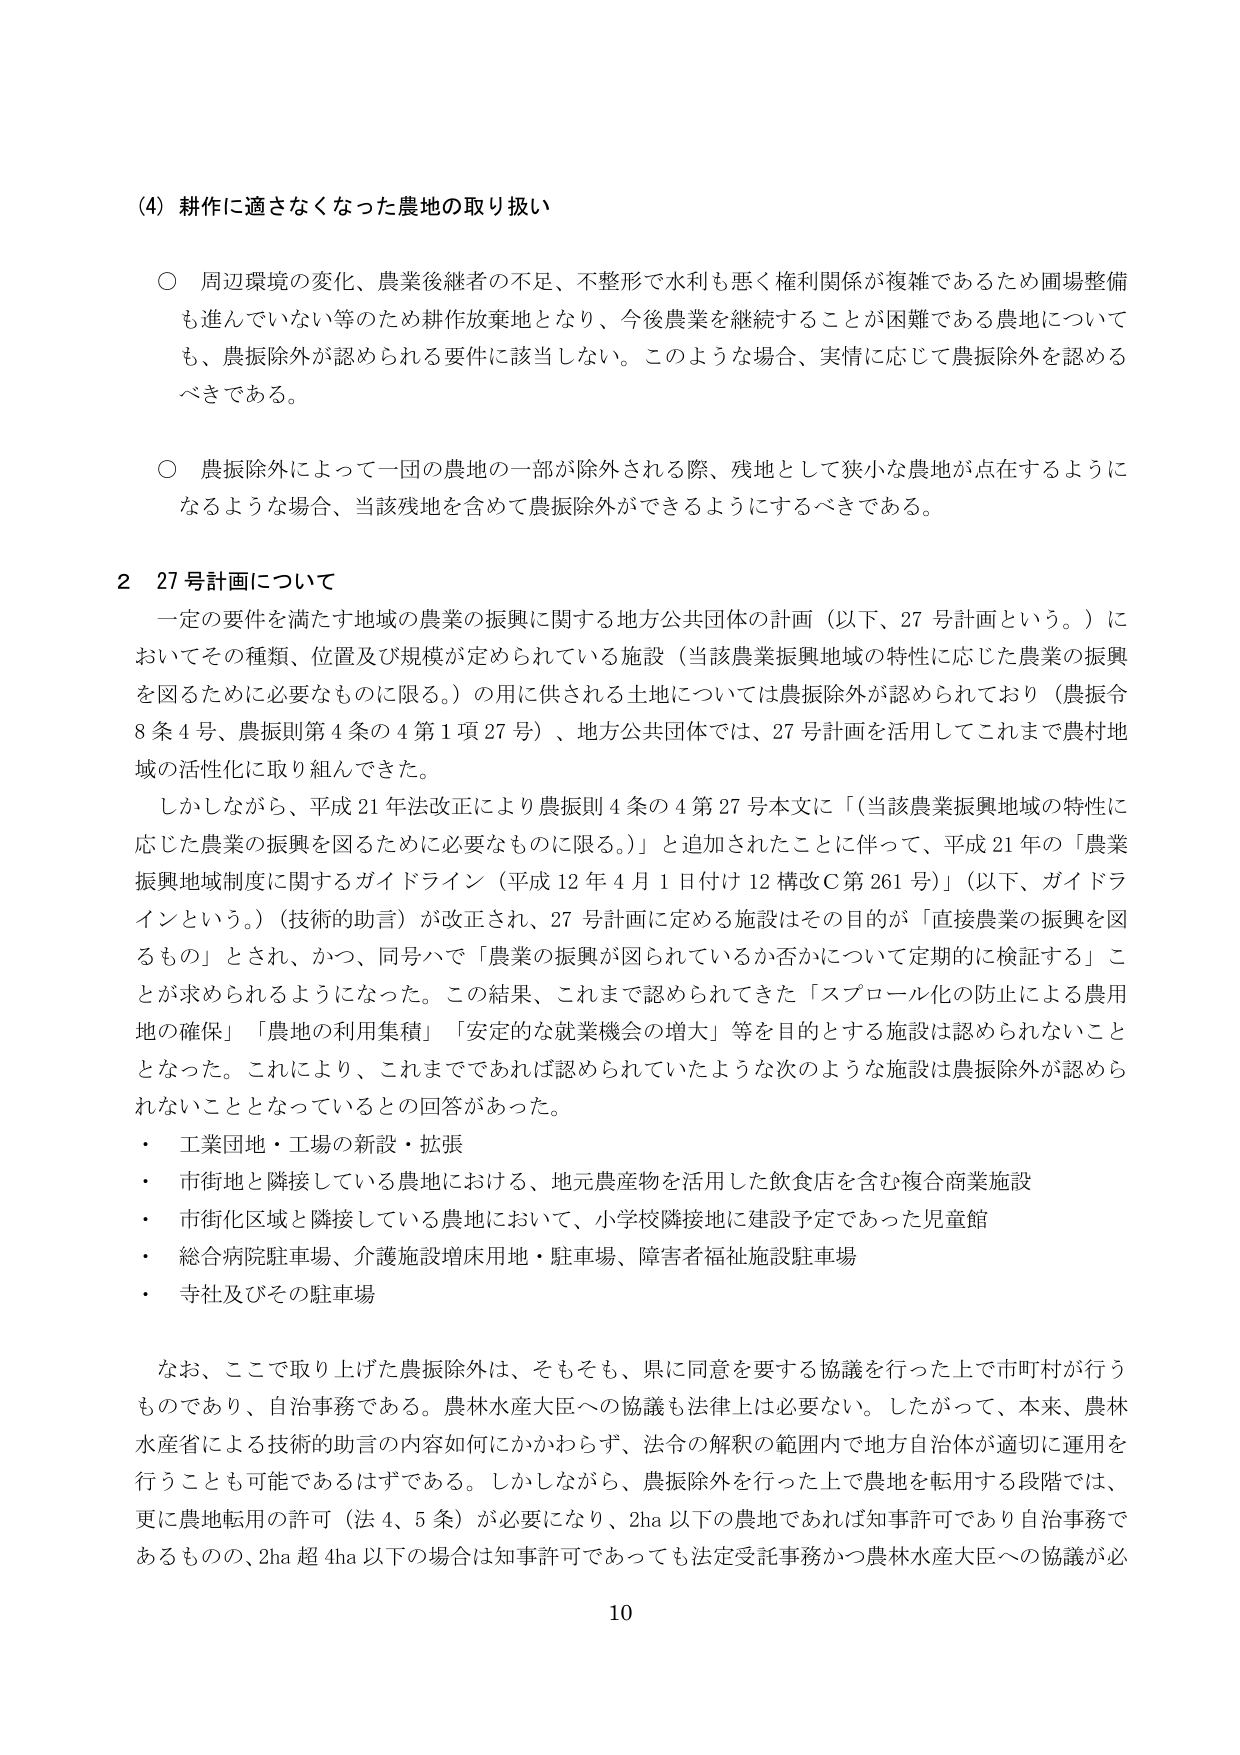
(4) 耕作に適さなくなった農地の取り扱い

○ 周辺環境の変化、農業後継者の不足、不整形で水利も悪く権利関係が複雑であるため圃場整備も進んでいない等のため耕作放棄地となり、今後農業を継続することが困難である農地についても、農振除外が認められる要件に該当しない。このような場合、実情に応じて農振除外を認めるべきである。

○ 農振除外によって一団の農地の一部が除外される際、残地として狭小な農地が点在するようになるような場合、当該残地を含めて農振除外ができるようにするべきである。

2 27号計画について

一定の要件を満たす地域の農業の振興に関する地方公共団体の計画（以下、27号計画という。）においてその種類、位置及び規模が定められている施設（当該農業振興地域の特性に応じた農業の振興を図るために必要なものに限る。）の用に供される土地については農振除外が認められており（農振令8条4号、農振則第4条の4第1項27号）、地方公共団体では、27号計画を活用してこれまで農村地域の活性化に取り組んできた。

しかしながら、平成21年法改正により農振則4条の4第27号本文に「（当該農業振興地域の特性に応じた農業の振興を図るために必要なものに限る。）」と追加されたことに伴って、平成21年の「農業振興地域制度に関するガイドライン（平成12年4月1日付け12構改C第261号）」（以下、ガイドラインという。）（技術的助言）が改正され、27号計画に定める施設はその目的が「直接農業の振興を図るもの」とされ、かつ、同号ハで「農業の振興が図られているか否かについて定期的に検証する」ことが求められるようになった。この結果、これまで認められてきた「スプロール化の防止による農用地の確保」「農地の利用集積」「安定的な就業機会の増大」等を目的とする施設は認められないこととなった。これにより、これまでであれば認められていたような次のような施設は農振除外が認められないこととなっているとの回答があった。

・ 工業団地・工場の新設・拡張
・ 市街地と隣接している農地における、地元農産物を活用した飲食店を含む複合商業施設
・ 市街化区域と隣接している農地において、小学校隣接地に建設予定であった児童館
・ 総合病院駐車場、介護施設増床用地・駐車場、障害者福祉施設駐車場
・ 寺社及びその駐車場

なお、ここで取り上げた農振除外は、そもそも、県に同意を要する協議を行った上で市町村が行うものであり、自治事務である。農林水産大臣への協議も法律上は必要ない。したがって、本来、農林水産省による技術的助言の内容如何にかかわらず、法令の解釈の範囲内で地方自治体が適切に運用を行うことも可能であるはずである。しかしながら、農振除外を行った上で農地を転用する段階では、更に農地転用の許可（法4、5条）が必要になり、2ha以下の農地であれば知事許可であり自治事務であるものの、2ha超4ha以下の場合は知事許可であっても法定受託事務かつ農林水産大臣への協議が必

10